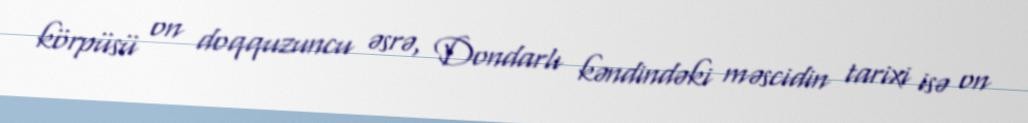
körpüsü on doqquzuncu əsrə, Dondarlı kəndindəki məscidin tarixi isə on